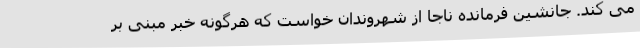
می کند. جانشین فرمانده ناجا از شهروندان خواست که هرگونه خبر مبنی بر